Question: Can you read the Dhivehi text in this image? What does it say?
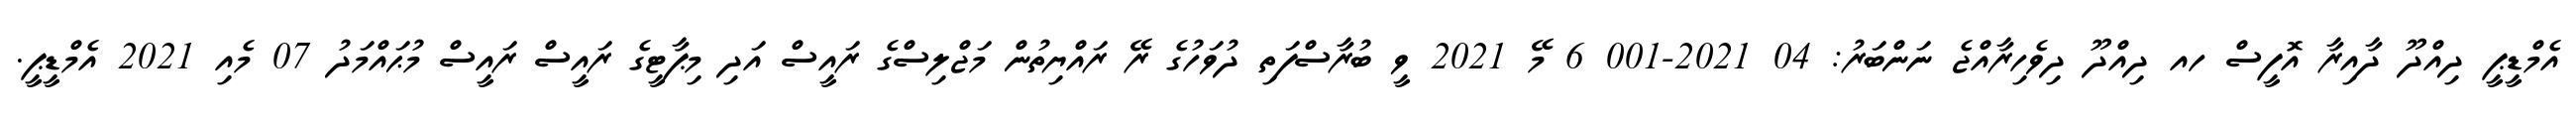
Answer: އެމްޑީޕީ ދިއްދޫ ދާއިރާ އޮފީސް ހއ ދިއްދޫ ދިވެހިރާއްޖެ ނަންބަރު: 04 2021-001 6 މޭ 2021 ވީ ބުރާސްފަތި ދުވަހުގެ ރޭ ރައްޔިތުން މަޖްލިސްގެ ރައީސް އަދި މިޕާޓީގެ ރައީސް ރައީސް މުޙައްމަދު 07 މެއި 2021 އެމްޑީޕީ.